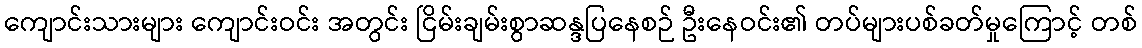
ကျောင်းသားများ ကျောင်းဝင်း အတွင်း ငြိမ်းချမ်းစွာဆန္ဒပြနေစဉ် ဦးနေဝင်း၏ တပ်များပစ်ခတ်မှုကြောင့် တစ်